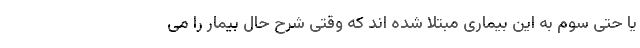
یا حتی سوم به این بیماری مبتلا شده اند که وقتی شرح حال بیمار را می